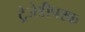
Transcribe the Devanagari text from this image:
ट्रेजेडीपरक